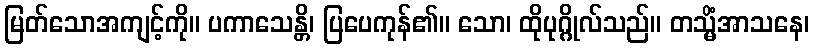
မြတ်သောအကျင့်ကို။ ပကာသေန္တိ၊ ပြပေကုန်၏။ သော၊ ထိုပုဂ္ဂိုလ်သည်။ တသ္မိံအာသနေ၊